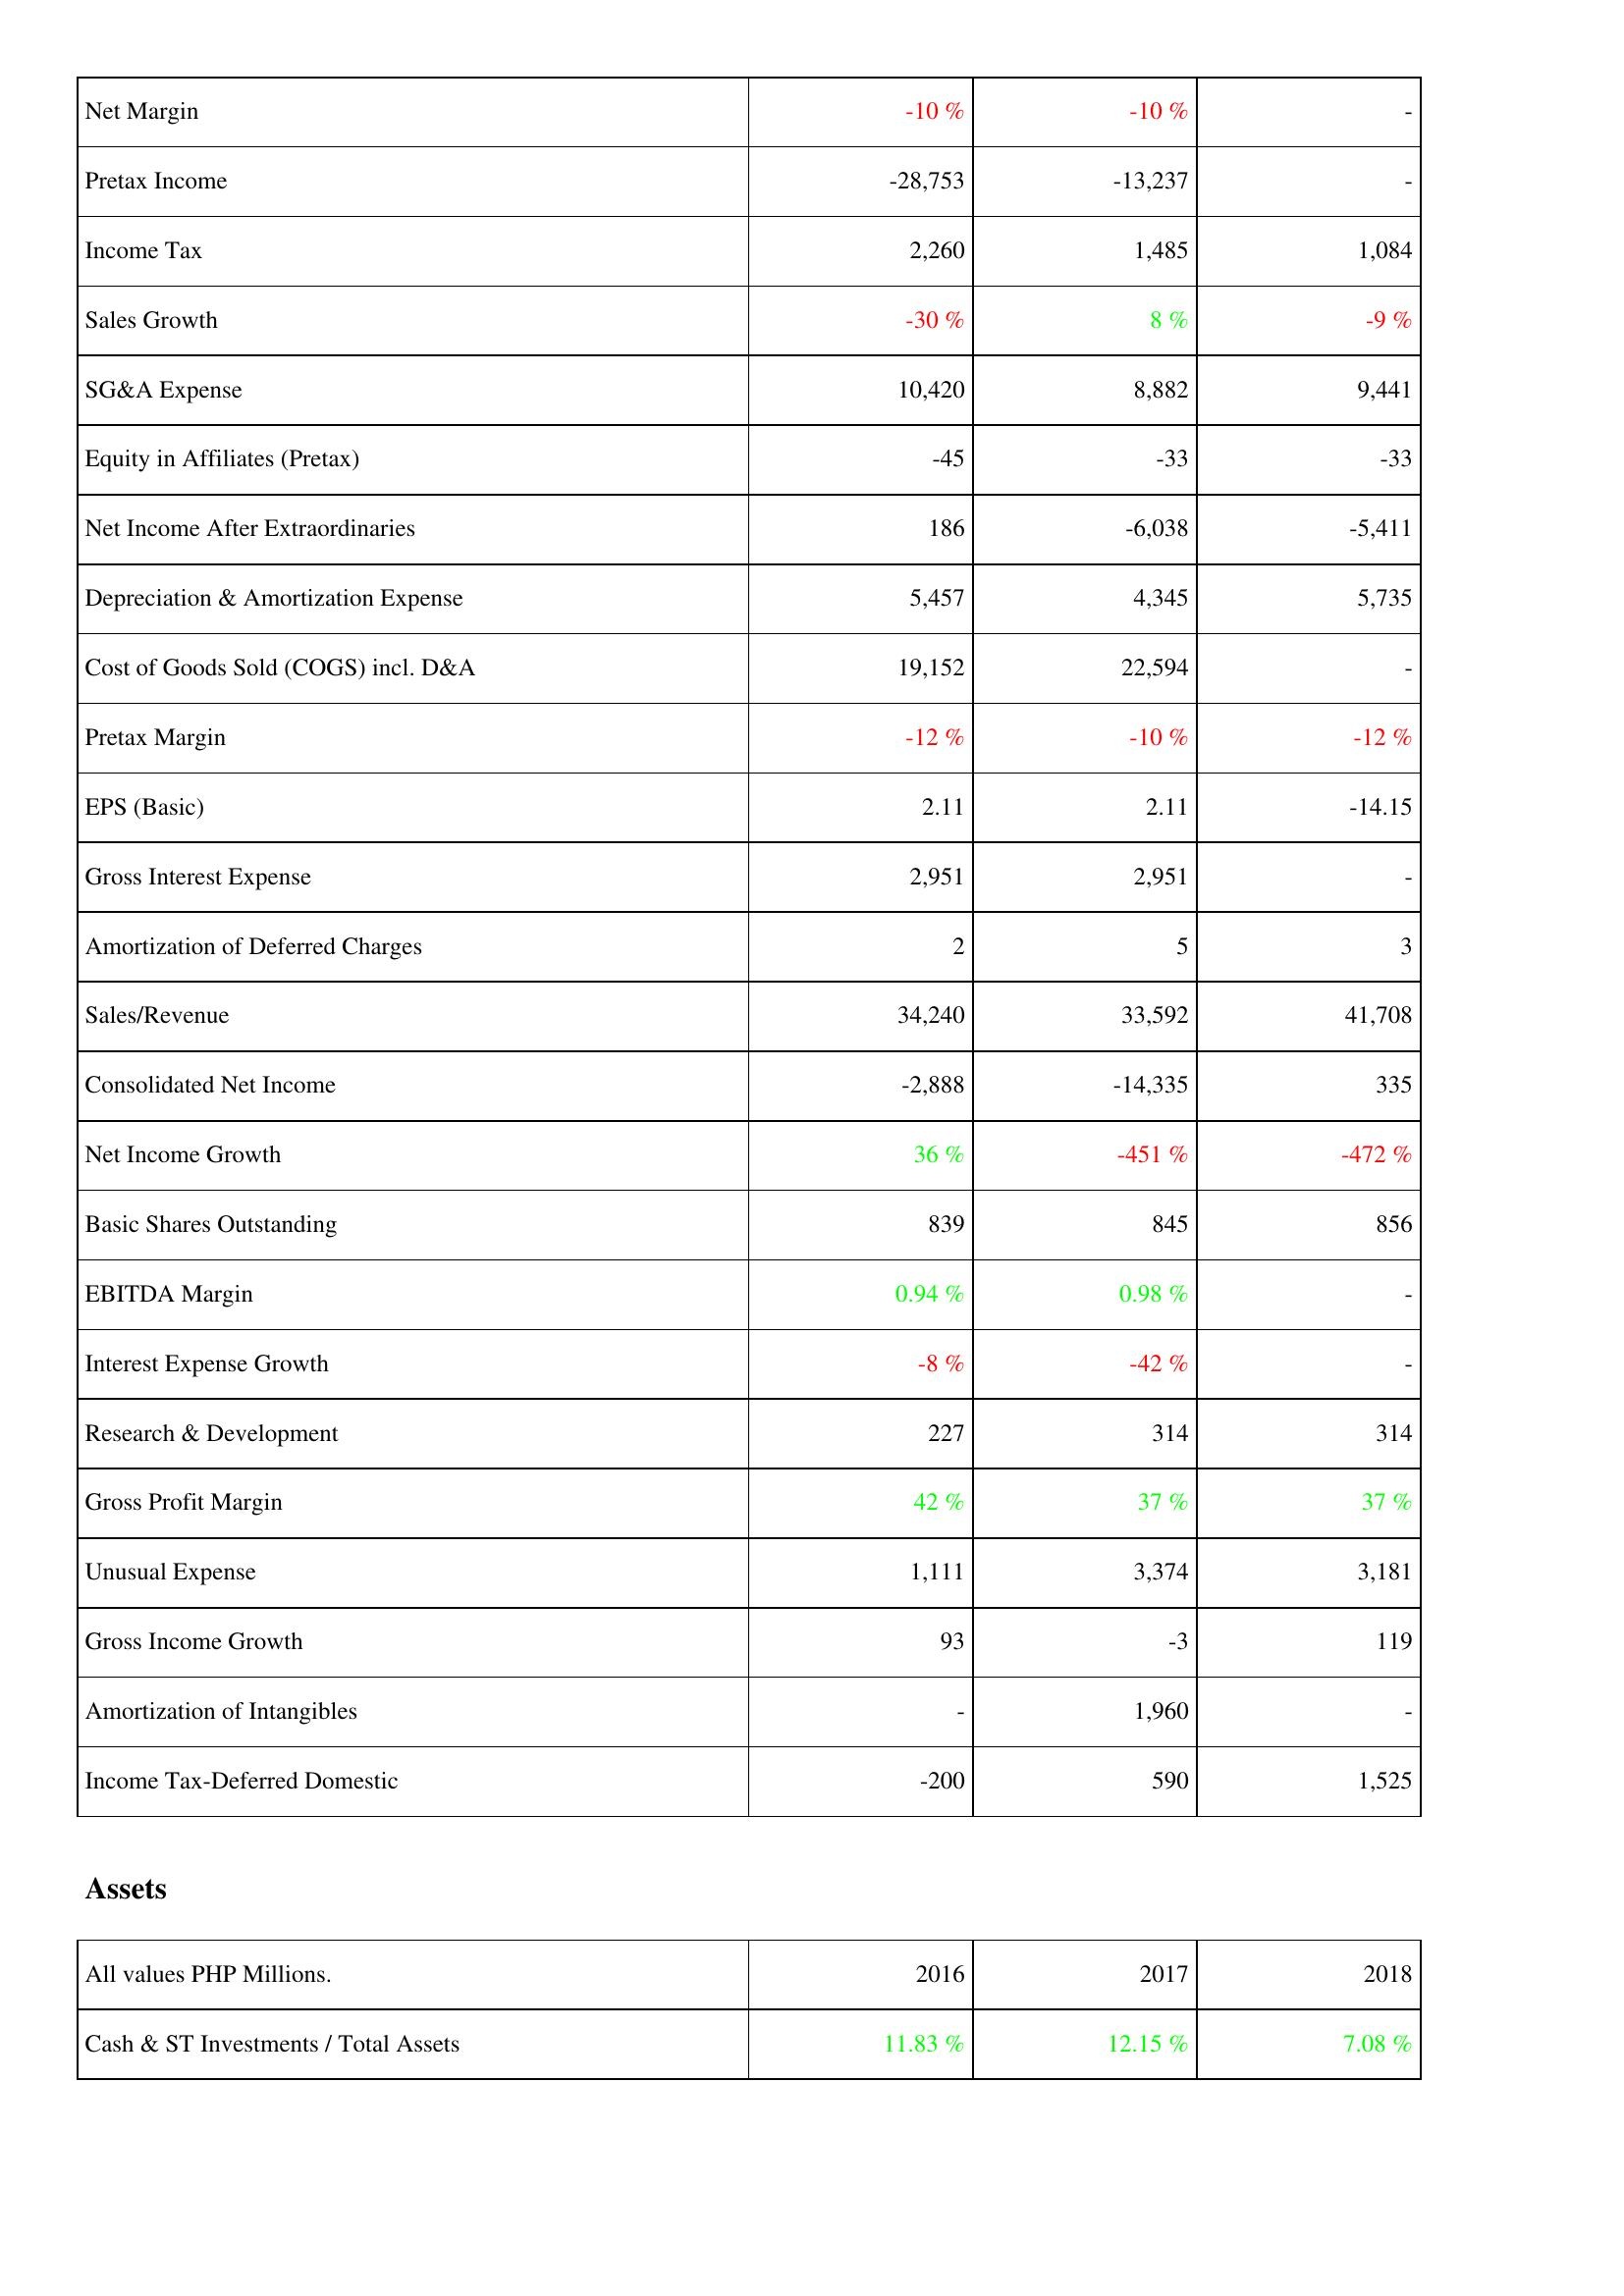
2016: Income Statement: Net Margin: -10 %
Pretax Income: -28,753
Income Tax: 2,260
Sales Growth: -30 %
SG&A Expense: 10,420
Equity in Affiliates (Pretax): -45
Net Income After Extraordinaries: 186
Depreciation & Amortization Expense: 5,457
Cost of Goods Sold (COGS) incl. D&A: 19,152
Pretax Margin: -12 %
EPS (Basic): 2.11
Gross Interest Expense: 2,951
Amortization of Deferred Charges: 2
Sales/Revenue: 34,240
Consolidated Net Income: -2,888
Net Income Growth: 36 %
Basic Shares Outstanding: 839
EBITDA Margin: 0.94 %
Interest Expense Growth: -8 %
Research & Development: 227
Gross Profit Margin: 42 %
Unusual Expense: 1,111
Gross Income Growth: 93
Amortization of Intangibles: -
Income Tax-Deferred Domestic: -200
Assets: Cash & ST Investments / Total Assets: 11.83 %
2017: Income Statement: Net Margin: -10 %
Pretax Income: -13,237
Income Tax: 1,485
Sales Growth: 8 %
SG&A Expense: 8,882
Equity in Affiliates (Pretax): -33
Net Income After Extraordinaries: -6,038
Depreciation & Amortization Expense: 4,345
Cost of Goods Sold (COGS) incl. D&A: 22,594
Pretax Margin: -10 %
EPS (Basic): 2.11
Gross Interest Expense: 2,951
Amortization of Deferred Charges: 5
Sales/Revenue: 33,592
Consolidated Net Income: -14,335
Net Income Growth: -451 %
Basic Shares Outstanding: 845
EBITDA Margin: 0.98 %
Interest Expense Growth: -42 %
Research & Development: 314
Gross Profit Margin: 37 %
Unusual Expense: 3,374
Gross Income Growth: -3
Amortization of Intangibles: 1,960
Income Tax-Deferred Domestic: 590
Assets: Cash & ST Investments / Total Assets: 12.15 %
2018: Income Statement: Net Margin: -
Pretax Income: -
Income Tax: 1,084
Sales Growth: -9 %
SG&A Expense: 9,441
Equity in Affiliates (Pretax): -33
Net Income After Extraordinaries: -5,411
Depreciation & Amortization Expense: 5,735
Cost of Goods Sold (COGS) incl. D&A: -
Pretax Margin: -12 %
EPS (Basic): -14.15
Gross Interest Expense: -
Amortization of Deferred Charges: 3
Sales/Revenue: 41,708
Consolidated Net Income: 335
Net Income Growth: -472 %
Basic Shares Outstanding: 856
EBITDA Margin: -
Interest Expense Growth: -
Research & Development: 314
Gross Profit Margin: 37 %
Unusual Expense: 3,181
Gross Income Growth: 119
Amortization of Intangibles: -
Income Tax-Deferred Domestic: 1,525
Assets: Cash & ST Investments / Total Assets: 7.08 %